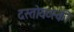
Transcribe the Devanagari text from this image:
दस्तोयव्स्की